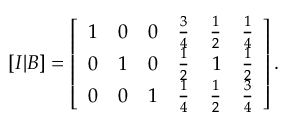
[ I | B ] = \left[ { \begin{array} { r r r r r r } { 1 } & { 0 } & { 0 } & { { \frac { 3 } { 4 } } } & { { \frac { 1 } { 2 } } } & { { \frac { 1 } { 4 } } } \\ { 0 } & { 1 } & { 0 } & { { \frac { 1 } { 2 } } } & { 1 } & { { \frac { 1 } { 2 } } } \\ { 0 } & { 0 } & { 1 } & { { \frac { 1 } { 4 } } } & { { \frac { 1 } { 2 } } } & { { \frac { 3 } { 4 } } } \end{array} } \right] .